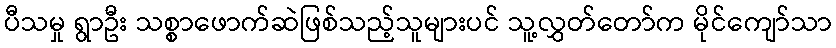
ပီသမှု ရွာဦး သစ္စာဖောက်ဆဲဖြစ်သည့်သူများပင် သူ့လွှတ်တော်က မိုင်ကျော်သာ